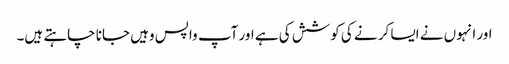
اور انہوں نے ایسا کر نے کی کوشش کی ہے اور آپ واپس وہیں جانا چاہتے ہیں۔